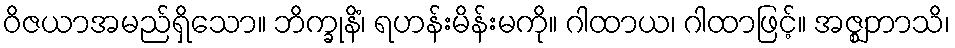
ဝိဇယာအမည်ရှိသော။ ဘိက္ခုနိံ၊ ရဟန်းမိန်းမကို။ ဂါထာယ၊ ဂါထာဖြင့်။ အဇ္ဈဘာသိ၊